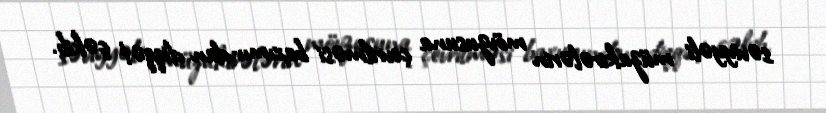
səviyyəli müzakirələrin mövzusuna çevrilməsi baxımından diqqət çəkib.